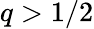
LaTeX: q>1/2